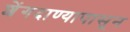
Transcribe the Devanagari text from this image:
शेंगदाण्यापासून